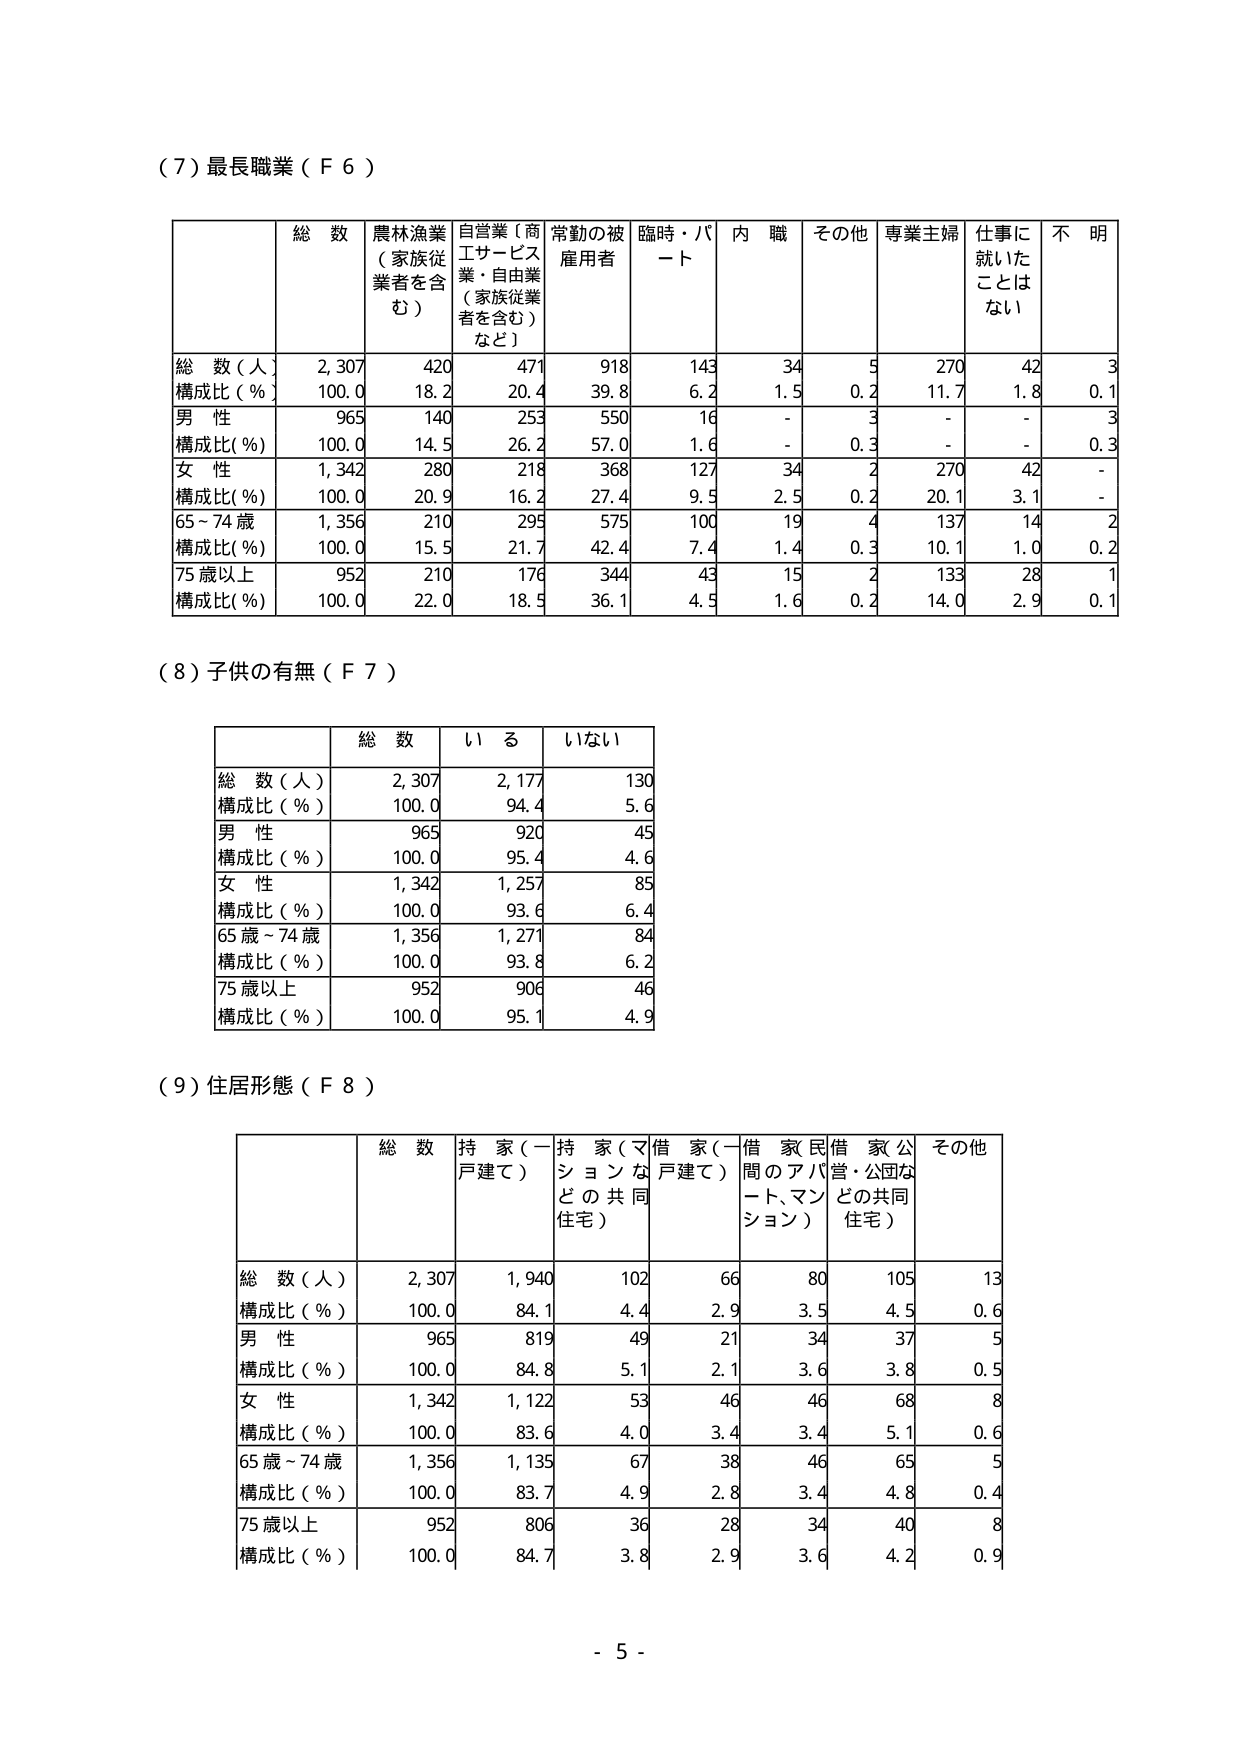
（７）最長職業（Ｆ６）

総数 農林漁業（家族従業者を含む） 自営業（商工サービス業・自由業（家族従業者を含む）など） 常勤の被雇用者 臨時・パート 内職 その他 専業主婦 仕事に就いたことはない 不明
総数（人） 2,307 420 471 918 143 34 5 270 42 3
構成比（％） 100.0 18.2 20.4 39.8 6.2 1.5 0.2 11.7 1.8 0.1
男性 965 140 253 550 16 - 3 - - 3
構成比（％） 100.0 14.5 26.2 57.0 1.6 - 0.3 - - 0.3
女性 1,342 280 218 368 127 34 2 270 42 -
構成比（％） 100.0 20.9 16.2 27.4 9.5 2.5 0.2 20.1 3.1 -
65～74歳 1,356 210 295 575 100 19 4 137 14 2
構成比（％） 100.0 15.5 21.7 42.4 7.4 1.4 0.3 10.1 1.0 0.2
75歳以上 952 210 176 344 43 15 2 133 28 1
構成比（％） 100.0 22.0 18.5 36.1 4.5 1.6 0.2 14.0 2.9 0.1

（８）子供の有無（Ｆ７）

総数 いる いない
総数（人） 2,307 2,177 130
構成比（％） 100.0 94.4 5.6
男性 965 920 45
構成比（％） 100.0 95.4 4.6
女性 1,342 1,257 85
構成比（％） 100.0 93.6 6.4
65歳～74歳 1,356 1,271 84
構成比（％） 100.0 93.8 6.2
75歳以上 952 906 46
構成比（％） 100.0 95.1 4.9

（９）住居形態（Ｆ８）

総数 持家（一戸建て） 持家（マンションなどの共同住宅） 借家（一戸建て） 借家（民間のアパート、マンション） 借家（公営・公団などの共同住宅） その他
総数（人） 2,307 1,940 102 66 80 105 13
構成比（％） 100.0 84.1 4.4 2.9 3.5 4.5 0.6
男性 965 819 49 21 34 37 5
構成比（％） 100.0 84.8 5.1 2.1 3.6 3.8 0.5
女性 1,342 1,122 53 46 46 68 8
構成比（％） 100.0 83.6 4.0 3.4 3.4 5.1 0.6
65歳～74歳 1,356 1,135 67 38 46 65 5
構成比（％） 100.0 83.7 4.9 2.8 3.4 4.8 0.4
75歳以上 952 806 36 28 34 40 8
構成比（％） 100.0 84.7 3.8 2.9 3.6 4.2 0.9

- 5 -